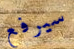
سيرفع